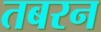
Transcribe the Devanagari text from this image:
तबरन